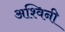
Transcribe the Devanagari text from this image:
अश्‍विनी